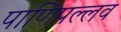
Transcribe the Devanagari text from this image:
पाणिपल्लव